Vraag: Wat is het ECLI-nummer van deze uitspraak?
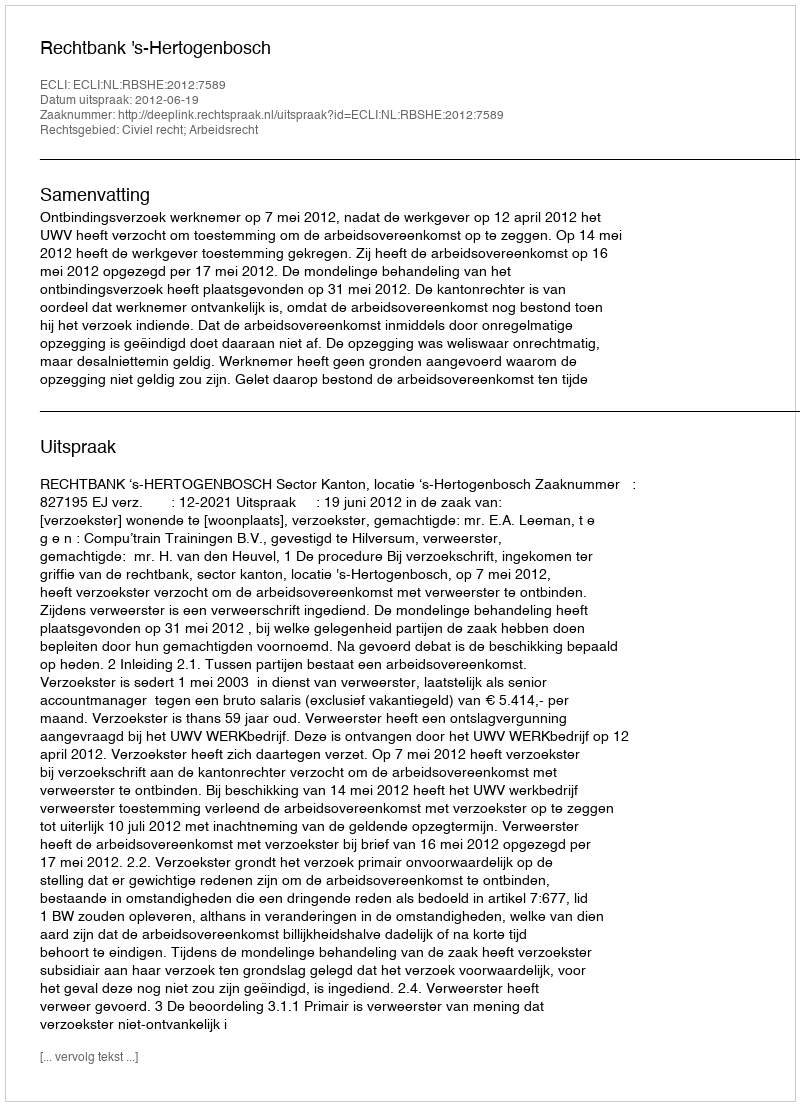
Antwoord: ECLI:NL:RBSHE:2012:7589